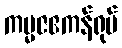
ကမ္မဇဧကန်ရုပ်